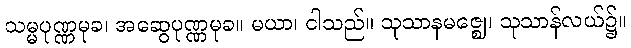
သမ္မပုဏ္ဏမုခ၊ အဆွေပုဏ္ဏမုခ။ မယာ၊ ငါသည်။ သုသာနမဇ္ဈေ၊ သုသာန်လယ်၌။